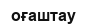
оғаштау